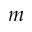
m